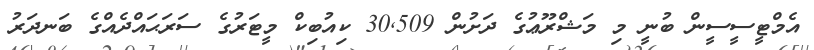
އެމްޓީސީސީން ބުނީ މި މަޝްރޫޢުގެ ދަށުން 30